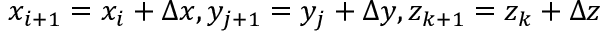
x _ { i + 1 } = x _ { i } + \Delta x , y _ { j + 1 } = y _ { j } + \Delta y , z _ { k + 1 } = z _ { k } + \Delta z